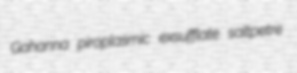
Gahanna piroplasmic exsufflate saltpetre